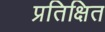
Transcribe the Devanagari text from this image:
प्रतिक्षित